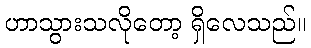
ဟာသွားသလိုတော့ ရှိလေသည်။